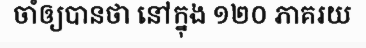
ចាំឲ្យបានថា នៅក្នុង ១២០ ភាគរយ